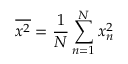
\overline { { x ^ { 2 } } } = \frac { 1 } { N } \sum _ { n = 1 } ^ { N } x _ { n } ^ { 2 }